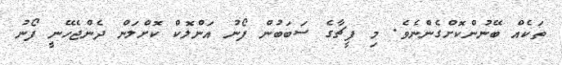
ތަކެއް ބޭނުންކޮށްގެންނެވެ. މި ފީޗާގެ ސަބަބުން ފޯނު އަންލޮކް ކޮށްލަން ދެންޖެހޭނީ ފޯނު